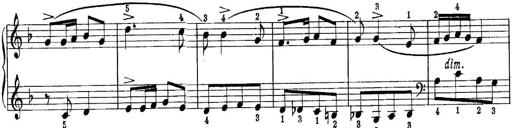
Title: Piano Sonatina No.1 in C major
Composer: Tadeusz Joteyko
Key: C major